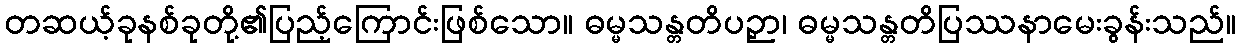
တဆယ့်ခုနစ်ခုတို့၏ပြည့်ကြောင်းဖြစ်သော။ ဓမ္မသန္တတိပဉှာ၊ ဓမ္မသန္တတိပြဿနာမေးခွန်းသည်။